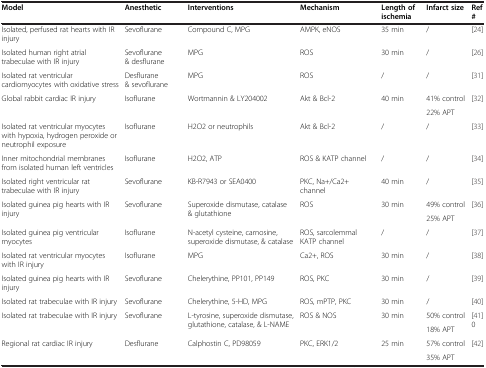
<table><thead><tr><td><b>Model</b></td><td><b>Anesthetic</b></td><td><b>Interventions</b></td><td><b>Mechanism</b></td><td><b>Length of ischemia</b></td><td><b>Infarct size</b></td><td><b>Ref #</b></td></tr></thead><tbody><tr><td>Isolated, perfused rat hearts with IR injury</td><td>Sevoflurane</td><td>Compound C, MPG</td><td>AMPK, eNOS</td><td>35 min</td><td>/</td><td>[24]</td></tr><tr><td>Isolated human right atrial trabeculae with IR injury</td><td>Sevoflurane &amp; desflurane</td><td>MPG</td><td>ROS</td><td>30 min</td><td>/</td><td>[26]</td></tr><tr><td>Isolated rat ventricular cardiomyocytes with oxidative stress</td><td>Desflurane &amp; sevoflurane</td><td>MPG</td><td>ROS</td><td>/</td><td>/</td><td>[31]</td></tr><tr><td>Global rabbit cardiac IR injury</td><td>Isoflurane</td><td>Wortmannin &amp; LY204002</td><td>Akt &amp; Bcl-2</td><td>40 min</td><td>41% control</td><td>[32]</td></tr><tr><td> </td><td> </td><td> </td><td> </td><td> </td><td>22% APT</td><td> </td></tr><tr><td>Isolated rat ventricular myocytes with hypoxia, hydrogen peroxide or neutrophil exposure</td><td>Isoflurane</td><td>H2O2 or neutrophils</td><td>Akt &amp; Bcl-2</td><td>/</td><td>/</td><td>[33]</td></tr><tr><td>Inner mitochondrial membranes from isolated human left ventricles</td><td>Isoflurane</td><td>H2O2, ATP</td><td>ROS &amp; KATP channel</td><td>/</td><td>/</td><td>[34]</td></tr><tr><td>Isolated right ventricular rat trabeculae with IR injury</td><td>Sevoflurane</td><td>KB-R7943 or SEA0400</td><td>PKC, Na+/Ca2+ channel</td><td>40 min</td><td>/</td><td>[35]</td></tr><tr><td>Isolated guinea pig hearts with IR injury</td><td>Sevoflurane</td><td>Superoxide dismutase, catalase &amp; glutathione</td><td>ROS</td><td>30 min</td><td>49% control</td><td>[36]</td></tr><tr><td> </td><td> </td><td> </td><td> </td><td> </td><td>25% APT</td><td> </td></tr><tr><td>Isolated guinea pig ventricular myocytes</td><td>Isoflurane</td><td>N-acetyl cysteine, carnosine, superoxide dismutase, &amp; catalase</td><td>ROS, sarcolemmal KATP channel</td><td>/</td><td>/</td><td>[37]</td></tr><tr><td>Isolated rat ventricular myocytes with IR injury</td><td>Isoflurane</td><td>MPG</td><td>Ca2+, ROS</td><td>30 min</td><td>/</td><td>[38]</td></tr><tr><td>Isolated guinea pig hearts with IR injury</td><td>Sevoflurane</td><td>Chelerythine, PP101, PP149</td><td>ROS, PKC</td><td>30 min</td><td>/</td><td>[39]</td></tr><tr><td>Isolated rat trabeculae with IR injury</td><td>Sevoflurane</td><td>Chelerythine, 5-HD, MPG</td><td>ROS, mPTP, PKC</td><td>30 min</td><td>/</td><td>[40]</td></tr><tr><td>Isolated rat trabeculae with IR injury</td><td>Sevoflurane</td><td>L-tyrosine, superoxide dismutase, glutathione, catalase, &amp; L-NAME</td><td>ROS &amp; NOS</td><td>30 min</td><td>50% control</td><td>[41]0</td></tr><tr><td> </td><td> </td><td> </td><td> </td><td> </td><td>18% APT</td><td> </td></tr><tr><td>Regional rat cardiac IR injury</td><td>Desflurane</td><td>Calphostin C, PD98059</td><td>PKC, ERK1/2</td><td>25 min</td><td>57% control</td><td>[42]</td></tr><tr><td> </td><td> </td><td> </td><td> </td><td> </td><td>35% APT</td><td> </td></tr></tbody></table>